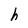
Character: h